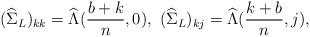
LaTeX: \begin{align*} (\widehat{\Sigma}_L)_{kk}=\widehat{\Lambda}(\frac{b+k}{n},0), \ (\widehat{\Sigma}_L)_{kj}=\widehat{\Lambda}(\frac{k+b}{n},j),\end{align*}